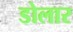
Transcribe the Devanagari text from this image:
डोलार